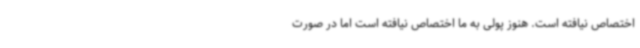
اختصاص نیافته است. هنوز پولی به ما اختصاص نیافته است اما در صورت